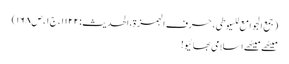
(جمع الجوامع للسیوطی،حرف الہمزۃ،الحدیث:۱۱۲۲،ج۱،ص۱۶۸)
میٹھے میٹھے اسلامی بھائیو!